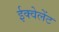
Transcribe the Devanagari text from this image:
ईक्वेलेंट